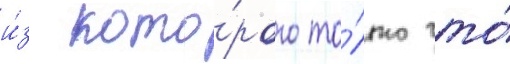
и́з кото́рого то́лько что́